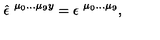
\hat { \epsilon } ^ { \ \mu _ { 0 } \ldots \mu _ { 9 } y } = \epsilon ^ { \ \mu _ { 0 } \ldots \mu _ { 9 } } ,